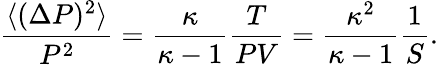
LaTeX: {\frac{\langle(\Delta P)^{2}\rangle}{P^{2}}}={\frac{\kappa}{\kappa-1}}{\frac{T}{PV}}={\frac{\kappa^{2}}{\kappa-1}}{\frac{1}{S}}.